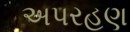
અપરહણ